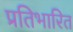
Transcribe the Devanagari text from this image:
प्रतिभारित